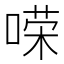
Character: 𱓲